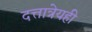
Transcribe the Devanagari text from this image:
दत्तात्रेयही